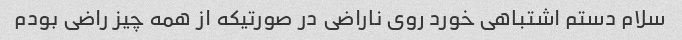
سلام دستم اشتباهی خورد روی ناراضی در صورتیکه از همه چیز راضی بودم